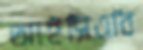
আইসিএবি